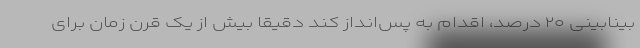
بینابینی ۲۰ درصد، اقدام به پس‌انداز کند دقیقا بیش از یک قرن زمان برای